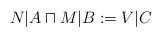
LaTeX: \begin{align*}N|A\sqcap M|B:=V|C \end{align*}